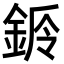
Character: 𨧌